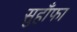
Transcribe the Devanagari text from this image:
सुहाँफा